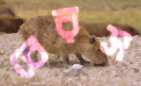
বেরস